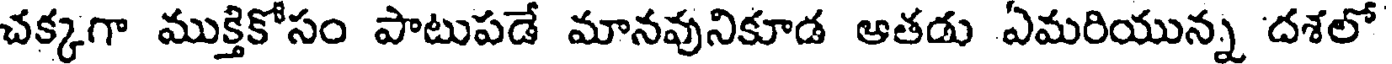
చక్కగా ముక్తికోసం పాటుపడే మానవునికూడ ఆతడు ఏమరియున్న దశలో